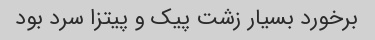
برخورد بسیار زشت پیک و پیتزا سرد بود